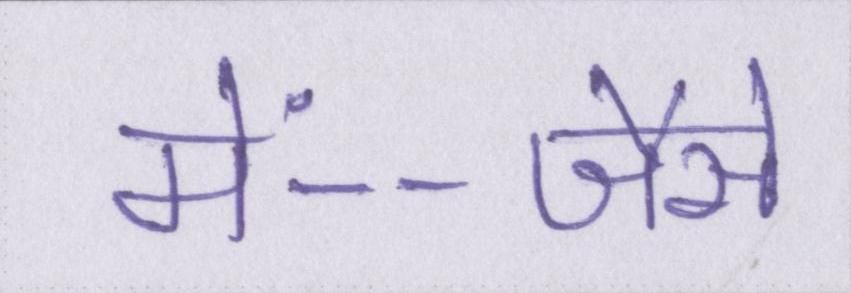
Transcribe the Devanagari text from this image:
में--जैसे